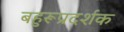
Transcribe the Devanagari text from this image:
बहुरूप्रदर्शक